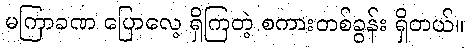
မကြာခဏ ပြောလေ့ ရှိကြတဲ့ စကားတစ်ခွန်း ရှိတယ်။